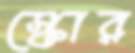
স্কোর